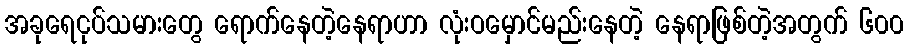
အခုရေငုပ်သမားတွေ ရောက်နေတဲ့နေရာဟာ လုံးဝမှောင်မည်းနေတဲ့ နေရာဖြစ်တဲ့အတွက် ၆၀၀